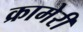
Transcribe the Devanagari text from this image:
क्रामेरी